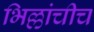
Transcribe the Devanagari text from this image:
भिल्लांचीच